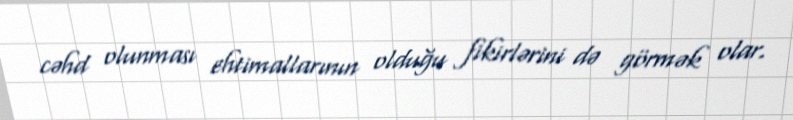
cəhd olunması ehtimallarının olduğu fikirlərini də görmək olar.